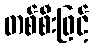
တစ်စီးဖြင့်